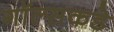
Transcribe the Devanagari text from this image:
गॉल्सकडे